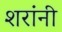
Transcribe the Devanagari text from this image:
शरांनी